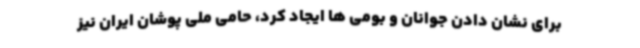
برای نشان دادن جوانان و بومی ها ایجاد کرد، حامی ملی پوشان ایران نیز